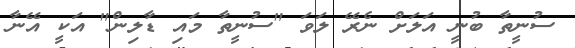
ސުނީތާ ބުނީ އަލަށް ނެރޭ ލަވަ "ސުނީތާ މައި ޑާލިން" އަކީ އޭނާ